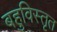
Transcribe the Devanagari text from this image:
बहुविस्तृत